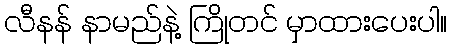
လီနန် နာမည်နဲ့ ကြိုတင် မှာထားပေးပါ။